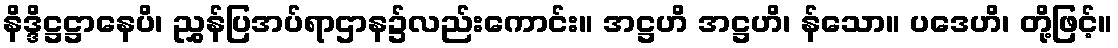
နိဒ္ဒိဋ္ဌဋ္ဌာနေပိ၊ ညွှန်ပြအပ်ရာဌာန၌လည်းကောင်း။ အဋ္ဌဟိ အဋ္ဌဟိ၊ န်သော။ ပဒေဟိ၊ တို့ဖြင့်။